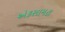
એકસામટા